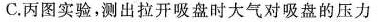
C.丙图实验，测出拉开吸盘时大气对吸盘的压力